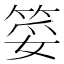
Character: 𮵲